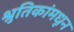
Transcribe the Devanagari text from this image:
श्रुतिकांमधून